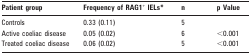
<table><thead><tr><td><b>Patient group</b></td><td><b>Frequency of RAG1<sup>+</sup> IELs*</b></td><td><b>n</b></td><td><b>p Value</b></td></tr></thead><tbody><tr><td>Controls</td><td>0.33 (0.11)</td><td>5</td><td></td></tr><tr><td>Active coeliac disease</td><td>0.05 (0.02)</td><td>6</td><td>&lt;0.001</td></tr><tr><td>Treated coeliac disease</td><td>0.06 (0.02)</td><td>5</td><td>&lt;0.001</td></tr></tbody></table>